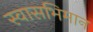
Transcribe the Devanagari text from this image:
स्वासभिमान